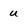
Character: u